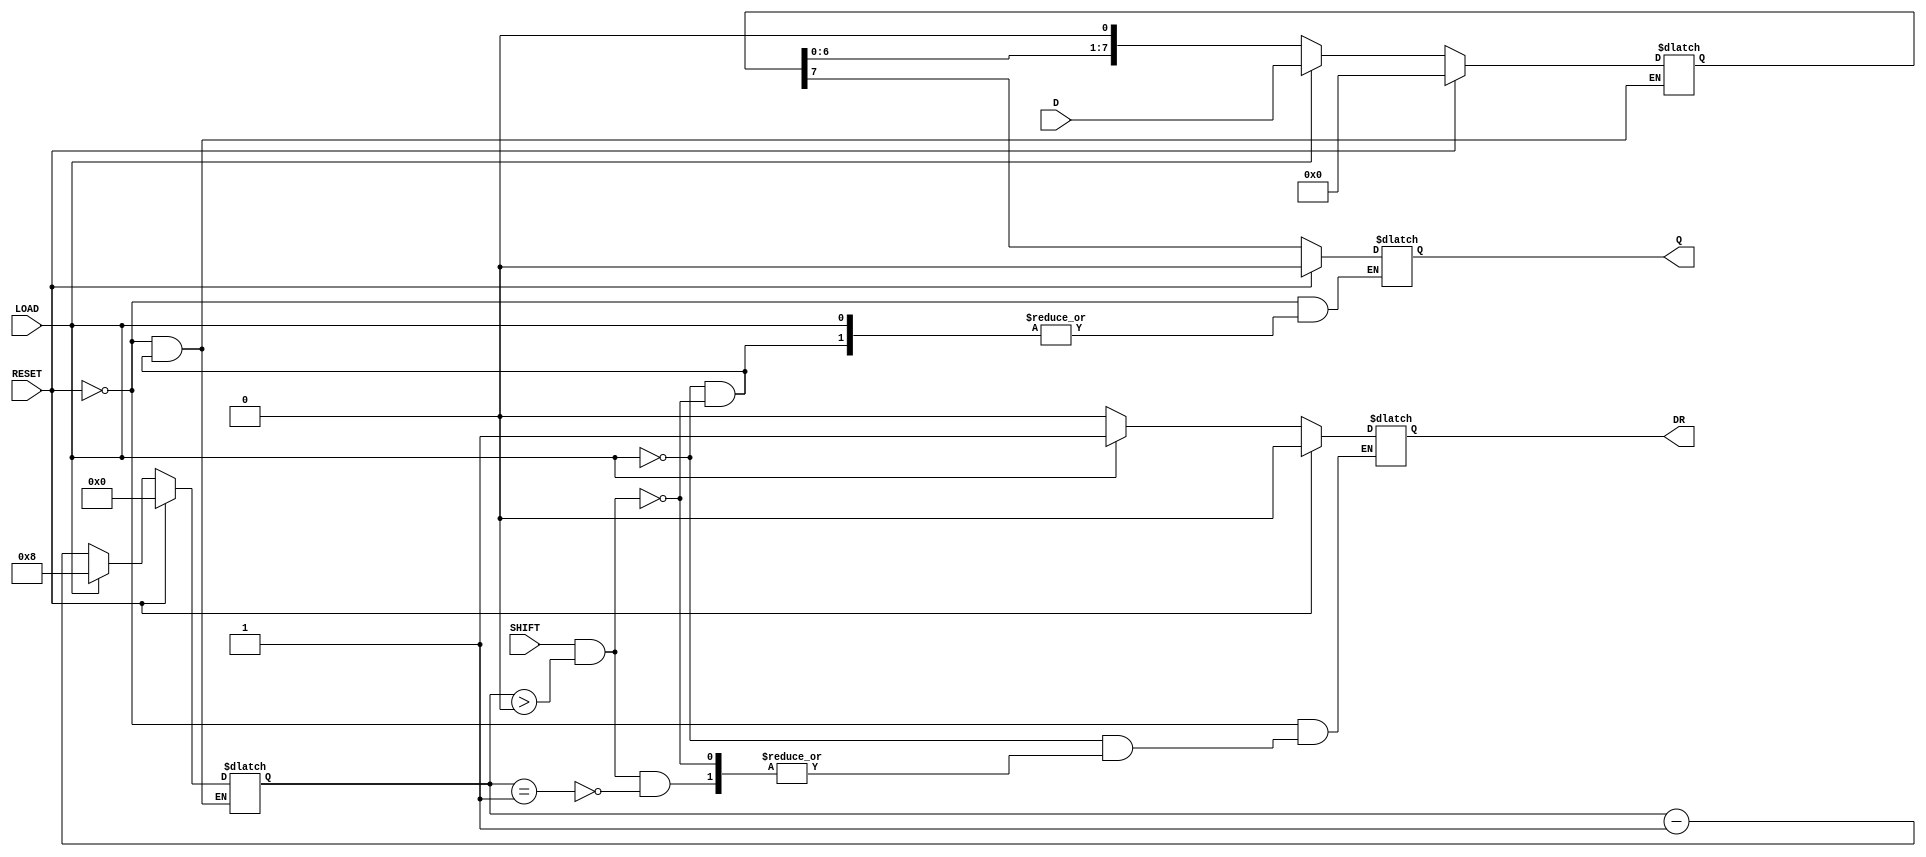
module PISO_Register #(
    parameter WIDTH = 8 // Define the width of the register
)(
    input wire [WIDTH-1:0] D,    // Parallel data input
    input wire LOAD,              // Load control signal
    input wire SHIFT,             // Shift control signal
    input wire RESET,             // Asynchronous reset signal
    output reg Q,                 // Serial output
    output reg DR                 // Data Ready signal
);

    // Internal storage for the data
    reg [WIDTH-1:0] shift_reg;
    reg [3:0] bit_count; // To keep track of the number of bits shifted out

    // Asynchronous reset and loading
    always @(*) begin
        if (RESET) begin
            shift_reg <= 0; // Clear the register
            Q <= 0;         // Clear the output
            DR <= 0;        // Clear Data Ready signal
            bit_count <= 0; // Reset bit count
        end else if (LOAD) begin
            shift_reg <= D; // Load data into the register
            DR <= 1;        // Indicate data is ready
            bit_count <= WIDTH; // Set bit count to width
        end else if (SHIFT && bit_count > 0) begin
            Q <= shift_reg[WIDTH-1]; // Output the MSB
            shift_reg <= {shift_reg[WIDTH-2:0], 1'b0}; // Shift left
            bit_count <= bit_count - 1; // Decrement bit count
            if (bit_count == 1) begin
                DR <= 0; // Clear Data Ready signal when done
            end
        end
    end

endmodule